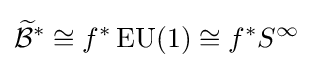
{\widetilde {\mathcal {B}}}^{*}\cong f^{*}\operatorname {EU} (1)\cong f^{*}S^{\infty }